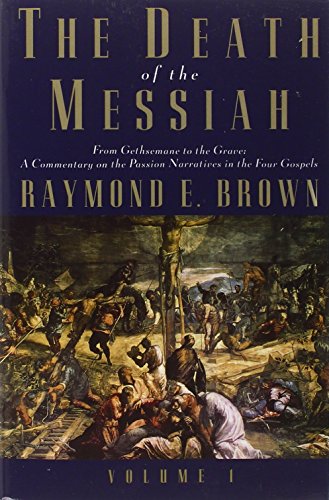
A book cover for The Death of the Messiah, From Gethsemane to the Grave, Volume 1: A Commentary on the Passion Narratives in the Four Gospels (The Anchor Yale Bible Reference Library); Raymond E. Brown; Christian Books & Bibles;